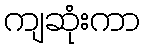
ကျဆုံးကာ